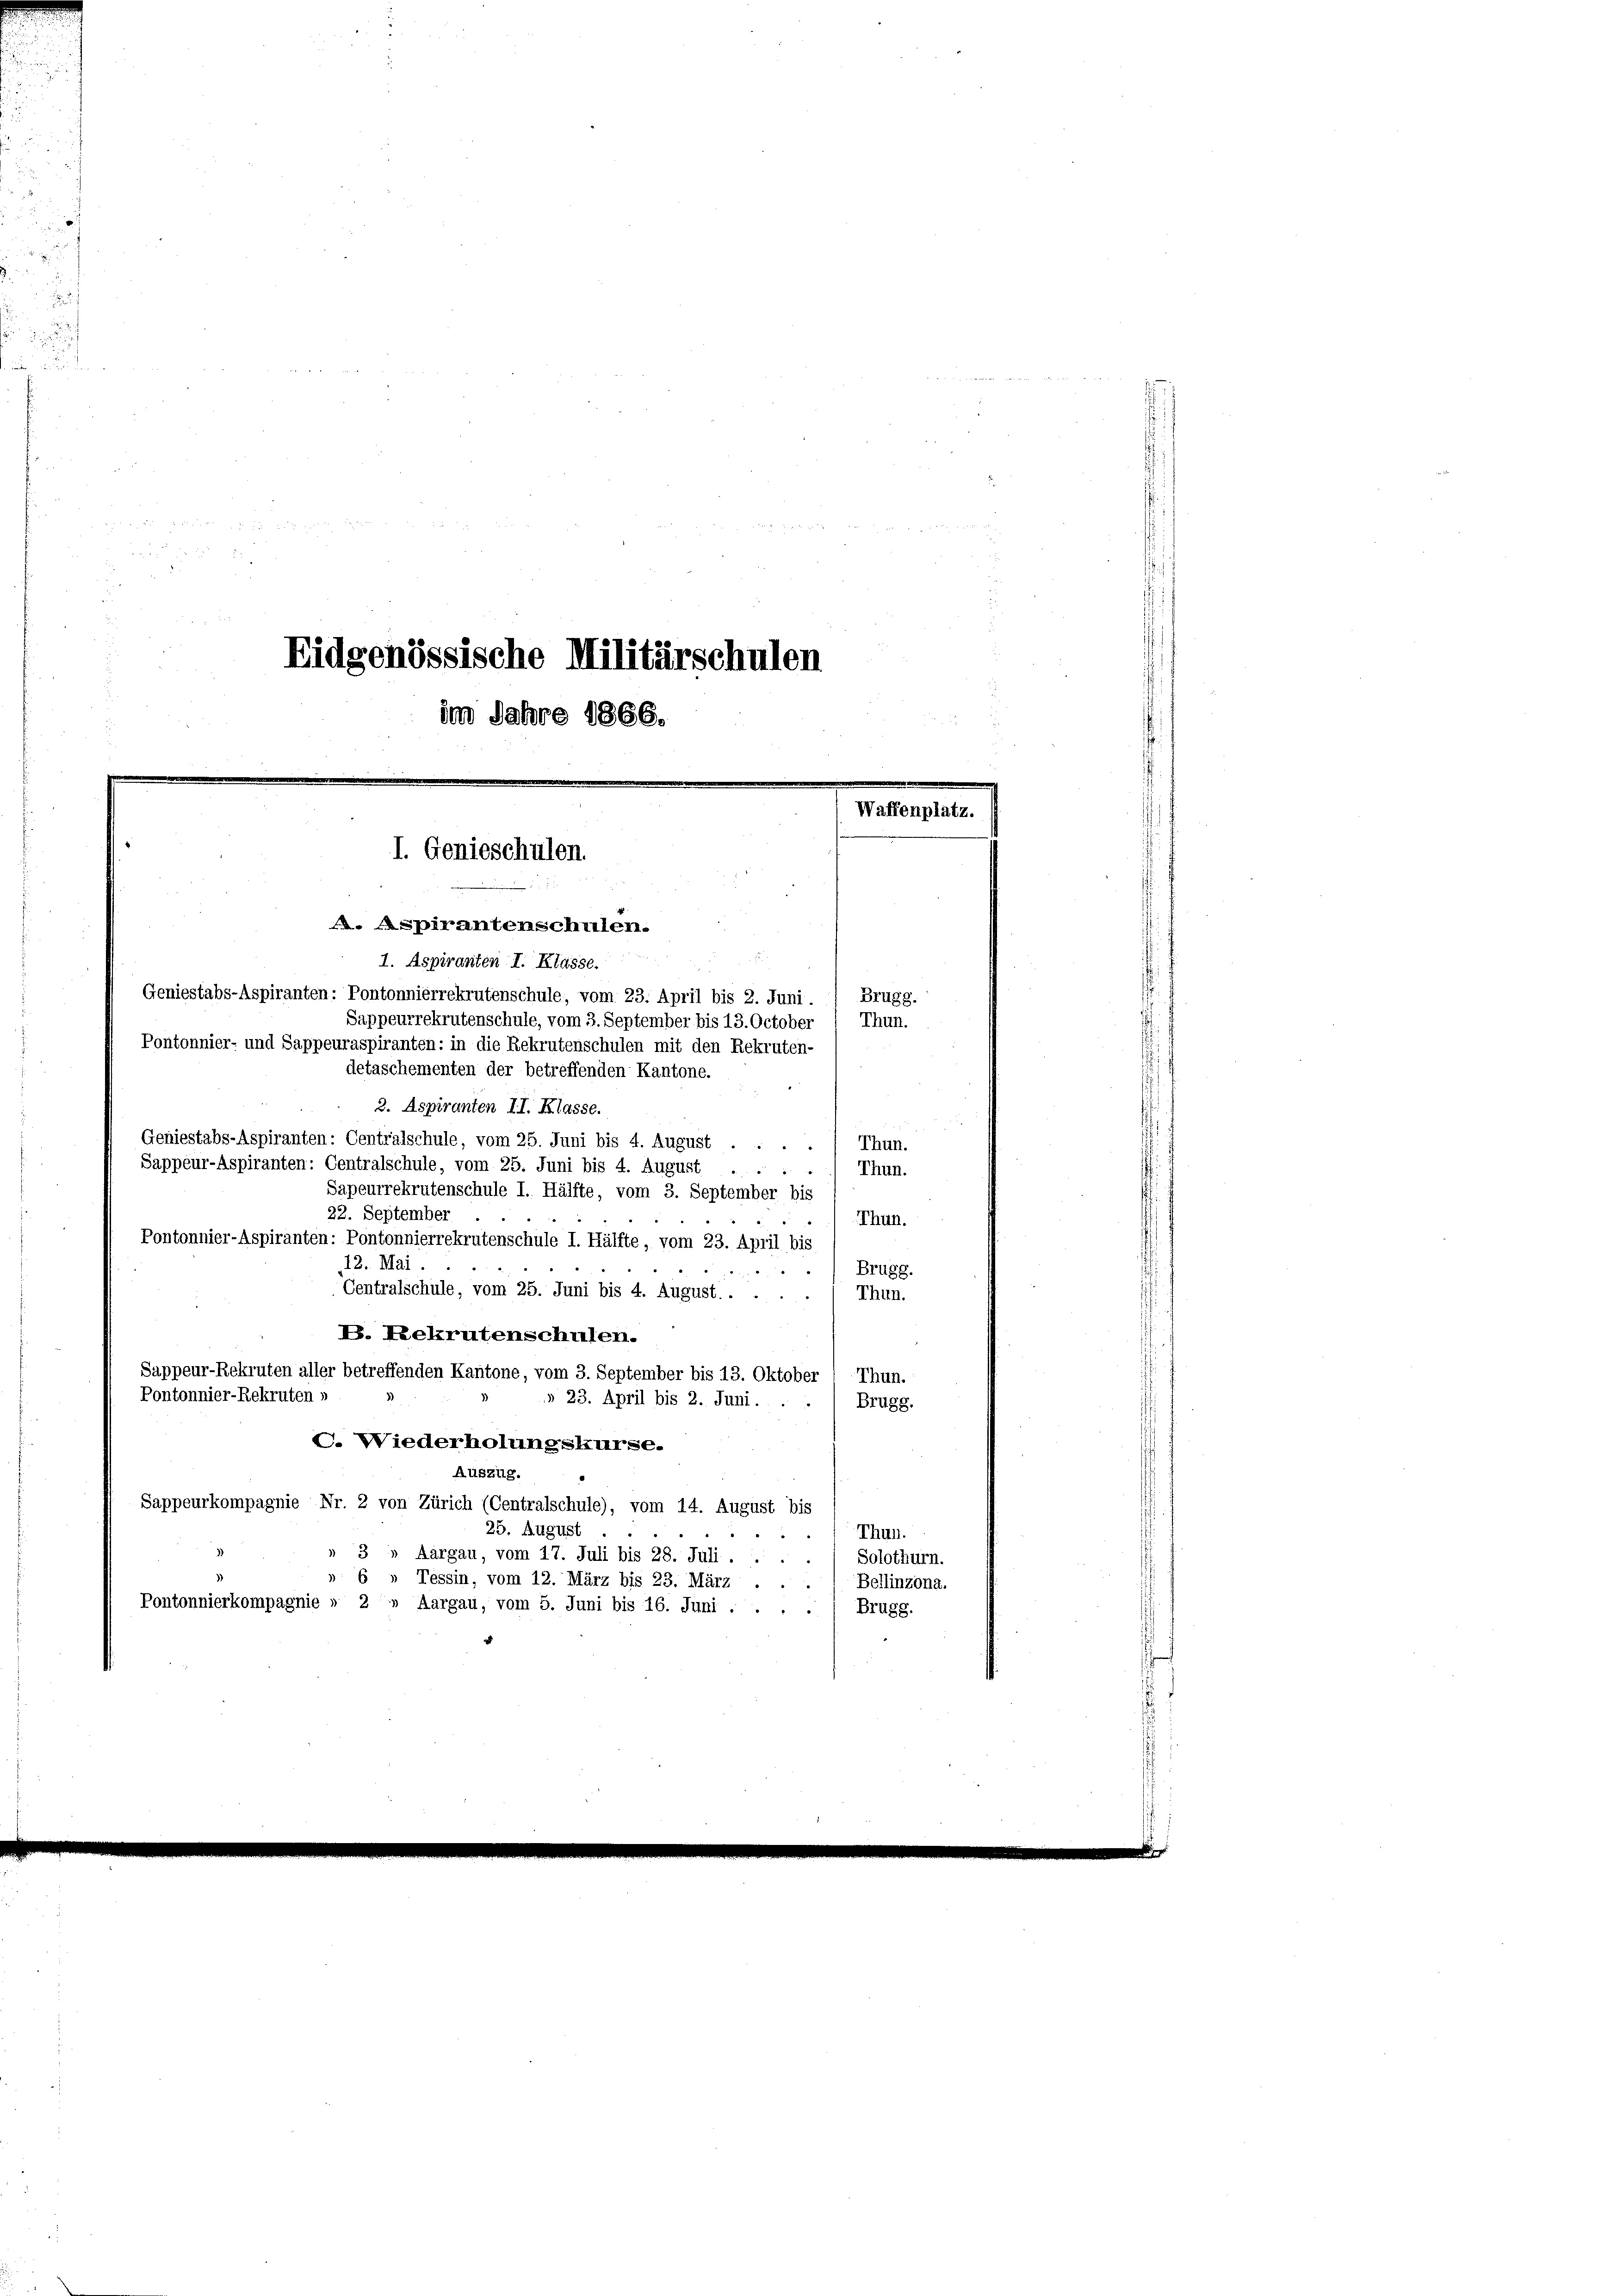
0 f 20 x

¬
Eidgenössische Militärschulen
im Jahre 1866.

I. Genieschulen.
a. Spirantenschulen.
1. Aspiranten I. Klasse.

Brugg.
Thun.

Waffenplatz.

Geniestabs-Aspiranten: Pontonnierrekrutenschule, vom 23. April bis 2. Juni.
Sappeurrekrutenschule, vom 3. September bis 13. October
Pontonnier- und Sappeuraspiranten: in die Rekrutenschulen mit den Rekruten-
detaschementen der betreffenden Kantone.
2. Aspiranten II. Klasse.
Geniestabs-Aspiranten: Centralschule, vom 25. Juni bis 4. August
Thun.
.
Sappeur-Aspiranten: Centralschule, vom 25. Juni bis 4. August
Thun.
Sapeurrekrutenschule I. Hälfte, vom 3. September bis
22. September
Thun.
Pontonnier-Aspiranten: Pontonnierrekrutenschule I. Hälfte, vom 23. April bis
12. Mai.
Brugg.
Centralschule, vom 25. Juni bis 4. August. . . .
Thun.
B. Rekrutenschulen.
Sappeur-Rekruten aller betreffenden Kantone, vom 3. September bis 13. Oktober
Thun.
Pontonnier-Rekruten »
» 23. April bis 2. Juni.
Brugg.
C. Wiederholungskurse.
Auszug.
Sappeurkompagnie Nr. 2 von Zürich (Centralschule), vom 14. August bis
25. August
Thun.
3» Aargau, vom 17. Juli bis 28. Juli.
Solothurn.
» 6 » Tessin, vom 12. März bis 23. März
Bollinzona.
Pontonnierkompagnie » 2» Aargau, vom 5. Juni bis 16. Juni .
Brugg.